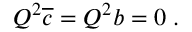
Q ^ { 2 } \overline { { { c } } } = Q ^ { 2 } b = 0 \; .